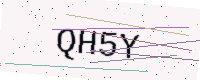
Text: QH5Y